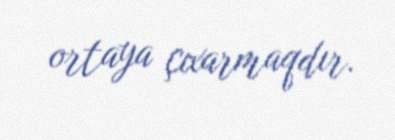
ortaya çıxarmaqdır.